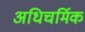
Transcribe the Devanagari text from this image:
अधिचर्मिक